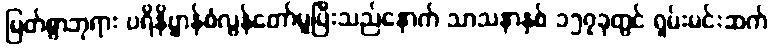
မြတ်စွာဘုရား ပရိနိဗ္ဗာန်စံလွန်တော်မူပြီးသည်နောက် သာသနာနှစ် ၁၅၇ခုတွင် ရှမ်းမင်းဆက်